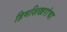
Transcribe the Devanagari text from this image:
हिमशिखरांचा